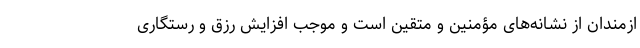
ازمندان از نشانه‌های مؤمنین و متقین است و موجب افزایش رزق و رستگاری